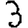
Digit: 3